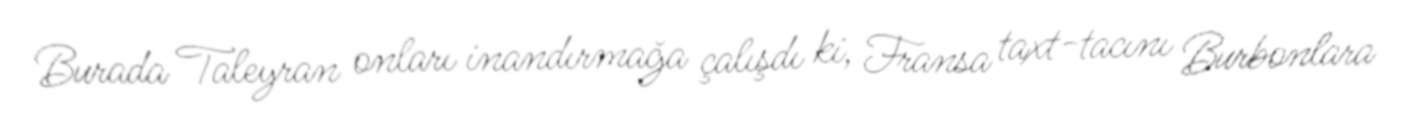
Burada Taleyran onları inandırmağa çalışdı ki, Fransa taxt-tacını Burbonlara